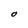
Character: o